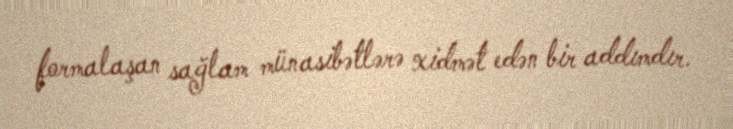
formalaşan sağlam münasibətlərə xidmət edən bir addımdır.